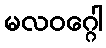
မလဝဂ္ဂေါ